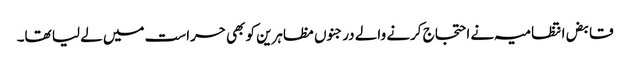
قابض انتظامیہ نے احتجاج کرنے والے درجنوں مظاہرین کو بھی حراست میں لے لیا تھا۔